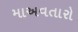
માઅવતારો